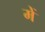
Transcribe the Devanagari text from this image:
में